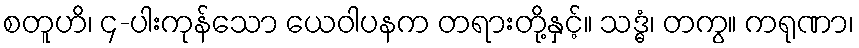
စတူဟိ၊ ၄-ပါးကုန်သော ယေဝါပနက တရားတို့နှင့်။ သဒ္ဓံ၊ တကွ။ ကရုဏာ၊